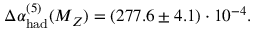
\Delta \alpha _ { \mathrm { h a d } } ^ { ( 5 ) } ( M _ { Z } ) = ( 2 7 7 . 6 \pm 4 . 1 ) \cdot 1 0 ^ { - 4 } .